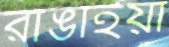
রাঙাইয়া